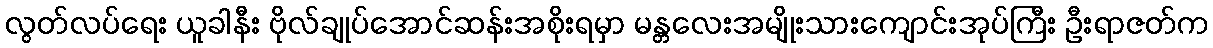
လွတ်လပ်ရေး ယူခါနီး ဗိုလ်ချုပ်အောင်ဆန်းအစိုးရမှာ မန္တလေးအမျိုးသားကျောင်းအုပ်ကြီး ဦးရာဇတ်က